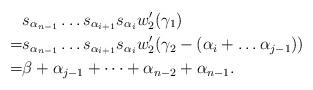
LaTeX: \begin{align*} &s_{\alpha_{n-1}}\dots s_{\alpha_{i+1}}s_{\alpha_i} w_2'(\gamma_1)\\=& s_{\alpha_{n-1}}\dots s_{\alpha_{i+1}}s_{\alpha_i} w_2'(\gamma_2-(\alpha_i+\dots \alpha_{j-1}))\\=& \beta +\alpha_{j-1}+\dots +\alpha_{n-2}+\alpha_{n-1}. \end{align*}